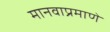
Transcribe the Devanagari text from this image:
मानवाप्रमाणे